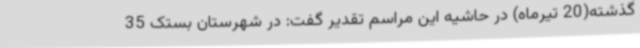
گذشته(20 تیرماه) در حاشیه این مراسم تقدیر گفت: در شهرستان بستک 35